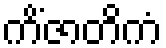
ကိံဇာတိကံ